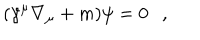
( \gamma ^ { \mu } \nabla _ { \mu } + m ) \psi = 0 ,